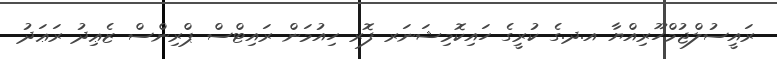
ރައީސުލްޖުމްހޫރިއްޔާ އ.ދ.ގެ ކުރީގެ ހައިކޮމިޝަނަރ ފޮރ ހިއުމަން ރައިޓްސް ޕްރިންސް ޒެޢިދު ރަޢަދު